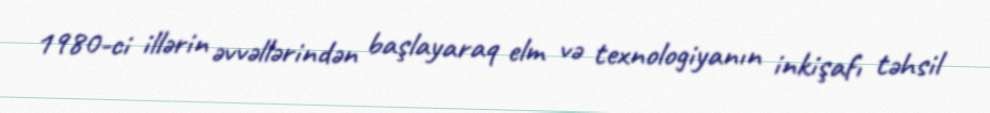
1980-ci illərin əvvəllərindən başlayaraq elm və texnologiyanın inkişafı təhsil